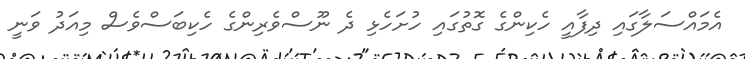
އެމައްސަލާގައި ދިފާއީ ހެކިންގެ ގޮތުގައި ހުށަހެޅި ދެ ނޫސްވެރިންގެ ހެކިބަސްވެސް މިއަދު ވަނީ